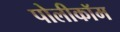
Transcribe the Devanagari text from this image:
पोलीकॉम